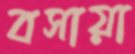
বসায়া